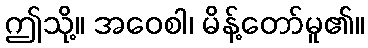
ဤသို့။ အဝေစါ၊ မိန့်တော်မူ၏။